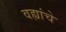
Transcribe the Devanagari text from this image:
वह्यांचे